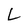
Character: L